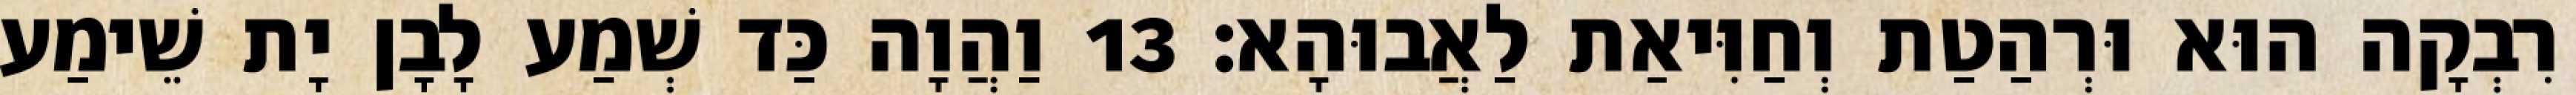
רִבְקָה הוּא וּרְהַטַת וְחַוִּיאַת לַאֲבוּהָא׃ 13 וַהֲוָה כַּד שְׁמַע לָבָן יָת שֵׁימַע